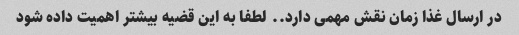
در ارسال غذا زمان نقش مهمی دارد.. لطفا به این قضیه بیشتر اهمیت داده شود